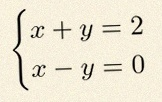
\begin{cases}x+y=2\\x-y=0\end{cases}